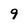
Character: 9